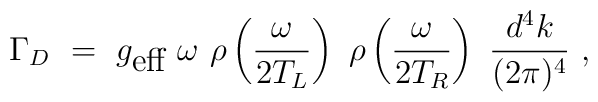
\Gamma_D~=~g_{\mbox{eff}}~\omega~\rho \left(\frac{\omega}{2T_L}\right)~\rho \left(\frac{\omega}{2T_R}\right)~\frac{d^4k}{(2\pi)^4}~,